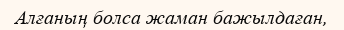
Алғаның болса жаман бажылдаған,